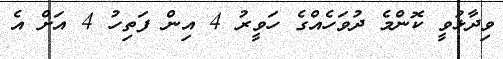
ވިދާޅުވީ ކޮންމެ ދުވަހެއްގެ ހަވީރު 4 އިން ފަތިހު 4 އަށް އެ